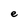
Character: e